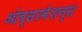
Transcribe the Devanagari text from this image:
ओब्सरवेशन्स